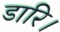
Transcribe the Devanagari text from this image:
डारि।